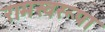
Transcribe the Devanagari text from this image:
रामस्वरूपा